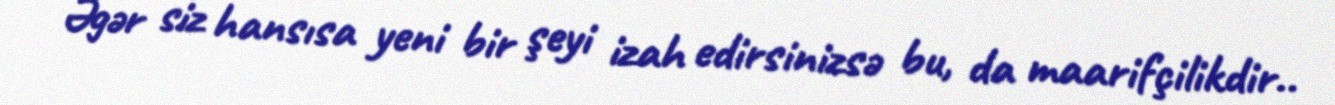
Əgər siz hansısa yeni bir şeyi izah edirsinizsə bu, da maarifçilikdir..